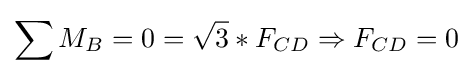
\sum M_{B}=0={\sqrt {3}}*F_{CD}\Rightarrow F_{CD}=0